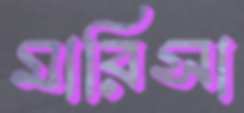
মারিসা